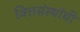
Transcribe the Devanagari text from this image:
वित्तसंस्थांची